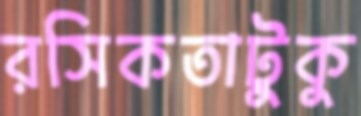
রসিকতাটুকু